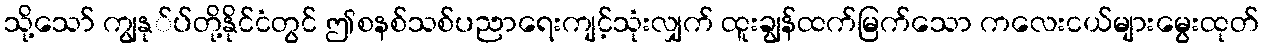
သို့သော် ကျွနု်ပ်တို့နိုင်ငံတွင် ဤစနစ်သစ်ပညာရေးကျင့်သုံးလျှက် ထူးချွန်ထက်မြက်သော ကလေးငယ်များမွေးထုတ်